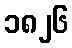
၁၈၂၆